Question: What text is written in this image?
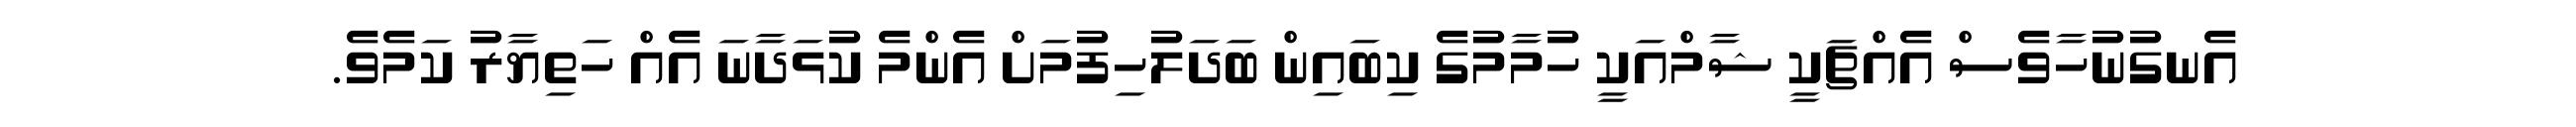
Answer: އެނގުނުހާވެސް އެއްޗަކީ ޝާމްއަކީ ހުމާމުގެ ކިބައިން ބަދަލުހިފުމަށް އެންމެ ކުޅަދާނަ އެއް ހަތިޔާރު ކަމެވެ.